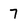
Character: 7